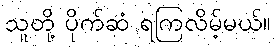
သူတို့ ပိုက်ဆံ ရကြလိမ့်မယ်။